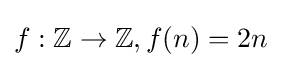
f:\mathbb {Z} \to \mathbb {Z} ,f(n)=2n